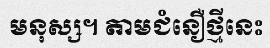
មនុស្ស។ តាមជំនឿថ្មីនេះ